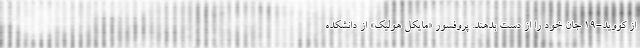
از کووید-۱۹ جان خود را از دست بدهند. پروفسور «مایکل هولیک» از دانشکده